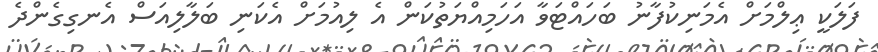
ފަލަކީ ޢިލްމަށް އެމަނިކުފާނު ބަހައްޓަވާ އަހަމިއްޔަތުކަން އެ ލިއުމަށް އެކަނި ބަލާލިއަސް އެނގިގެންދެ